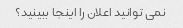
نمی توانید اعلان را اینجا ببینید؟